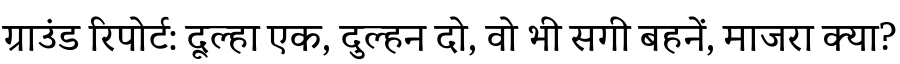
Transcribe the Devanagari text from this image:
ग्राउंड रिपोर्ट: दूल्हा एक, दुल्हन दो, वो भी सगी बहनें, माजरा क्या?